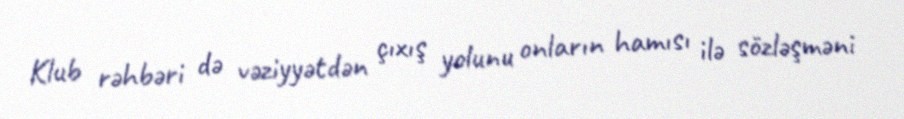
Klub rəhbəri də vəziyyətdən çıxış yolunu onların hamısı ilə sözləşməni